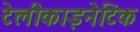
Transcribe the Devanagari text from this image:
टेलीकाइनेटिक